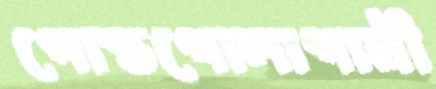
পোস্তগোলাগামী